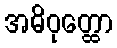
အဓိဝုတ္ထော